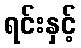
ရင်းနှင့်